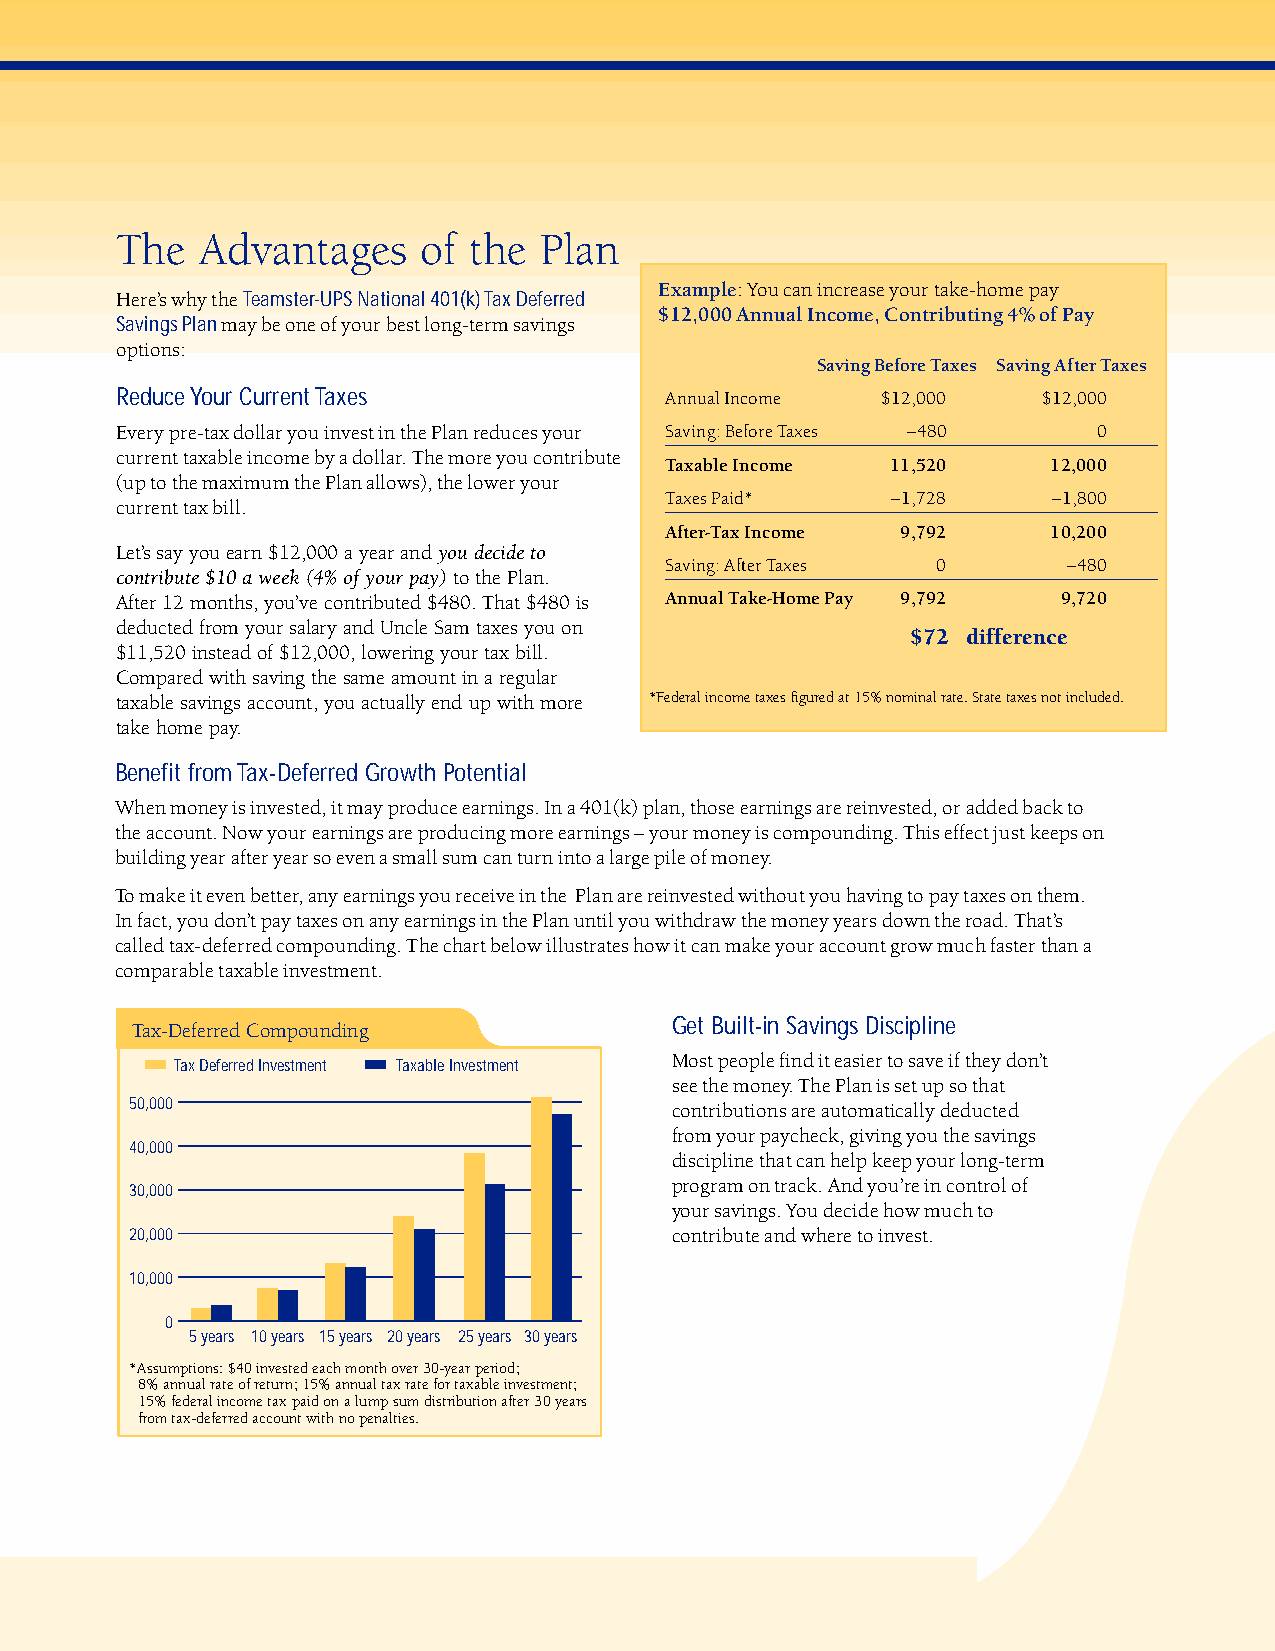
The  Advantages     of the  Plan
 Example: You can increase your take-home pay
 Here’s why the Teamster-UPS National 401(k) Tax Deferred
 $12,000 Annual Income, Contributing 4% of Pay
 Savings Planmay be one of your best long-term savings
 options:
 Saving Before Taxes Saving After Taxes
 Reduce Your Current Taxes           Annual Income $12,000    $12,000
 Every pre-tax dollar you invest in the Plan reduces your Saving: Before Taxes –480 0
 current taxable income by a dollar. The more you contribute
 Taxable Income 11,520     12,000
 (up to the maximum the Plan allows), the lower your
 Taxes Paid*    –1,728     –1,800
 current tax bill.
 After-Tax Income 9,792    10,200
 Let’s say you earn $12,000 a year and you decide to
 Saving: After Taxes 0      –480
 contribute $10 a week (4% of your pay)to the Plan.
 After 12 months, you’ve contributed $480. That $480 is Annual Take-Home Pay 9,792 9,720
 deducted from your salary and Uncle Sam taxes you on
 $72 difference
 $11,520 instead of $12,000, lowering your tax bill.
 Compared with saving the same amount in a regular
 taxable savings account, you actually end up with more *Federal income taxes figured at 15% nominal rate. State taxes not included.
 take home pay.
 Benefit from Tax-Deferred Growth Potential
 When money is invested, it may produce earnings. In a 401(k) plan, those earnings are reinvested, or added back to
 the account. Now your earnings are producing more earnings – your money is compounding. This effect just keeps on
 building year after year so even a small sum can turn into a large pile of money.
 To make it even better, any earnings you receive in the Plan are reinvested without you having to pay taxes on them.
 In fact, you don’t pay taxes on any earnings in the Plan until you withdraw the money years down the road. That’s
 called tax-deferred compounding. The chart below illustrates how it can make your account grow much faster than a
 comparable taxable investment.
 Get Built-in Savings Discipline
 Tax-Deferred Compounding
 Tax Deferred Investment Taxable Investment Most people find it easier to save if they don’t
 see the money. The Plan is set up so that
 50,000                             contributions are automatically deducted
 from your paycheck, giving you the savings
 40,000
 discipline that can help keep your long-term
 program on track. And you’re in control of
 30,000
 your savings. You decide how much to
 20,000                             contribute and where to invest.
 10,000
 0
 5 years 10 years 15 years 20 years 25 years 30 years
 *Assumptions: $40 invested each month over 30-year period;
 8% annual rate of return; 15% annual tax rate for taxable investment;
 15% federal income tax paid on a lump sum distribution after 30 years
 from tax-deferred account with no penalties.